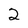
Character: 2